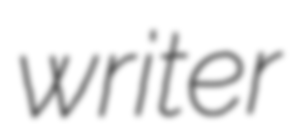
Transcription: writer